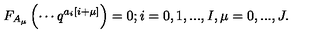
F _ { A _ { \mu } } \left( \cdots q ^ { a _ { i } \left[ i + \mu \right] } \right) = 0 ; i = 0 , 1 , . . . , I , \mu = 0 , . . . , J .